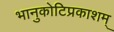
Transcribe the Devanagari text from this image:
भानुकोटिप्रकाशम्